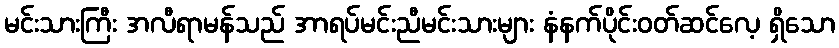
မင်းသားကြီး အလီရာမန်သည် အာရပ်မင်းညီမင်းသားများ နံနက်ပိုင်းဝတ်ဆင်လေ့ ရှိသော